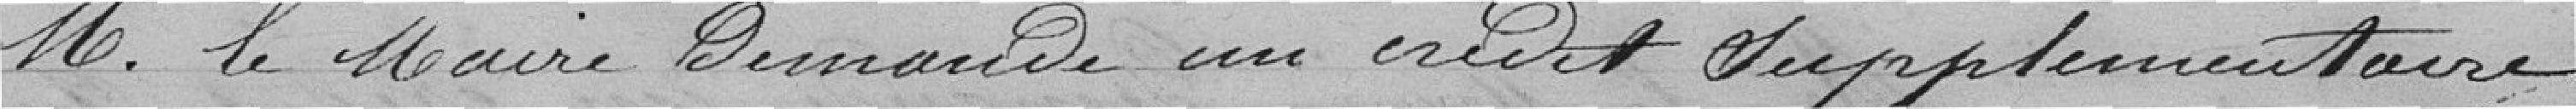
M. le Maire demande un crédit supplémentaire